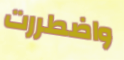
واضطررت